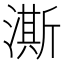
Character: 澌